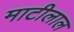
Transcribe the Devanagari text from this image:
माटीलाल